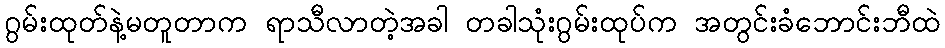
ဂွမ်းထုတ်နဲ့မတူတာက ရာသီလာတဲ့အခါ တခါသုံးဂွမ်းထုပ်က အတွင်းခံဘောင်းဘီထဲ